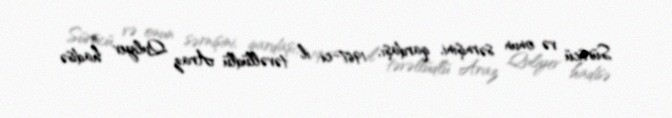
Sürücü və onun sərnişini, qardaşı, 1967-ci il təvəllüdlü Araz Quliyev hadisə